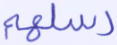
رسلهم